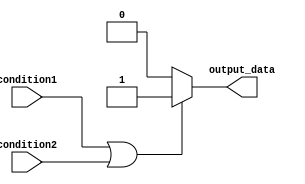
module behavioral_modeling_block(
    input wire condition1,
    input wire condition2,
    output reg output_data
);

always @(*) begin
    if (condition1 || condition2) begin
        // Execute block of code if either condition1 or condition2 is true
        output_data = 1;
    end
    else begin
        // Execute block of code if both condition1 and condition2 are false
        output_data = 0;
    end
end

endmodule